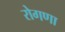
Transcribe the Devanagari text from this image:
रोगणा